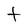
Character: t